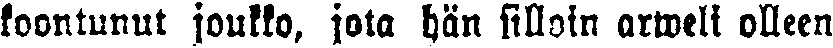
koontunut joukko, jota hän silloin arweli olleen